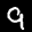
Label: 9